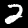
Digit: 2